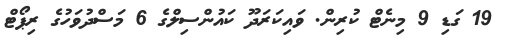
19 ގަޑި 9 މިނެޓް ކުރިން. ވައިކަރަދޫ ކައުންސިލްގެ 6 މަސްދުވަހުގެ ރިޕޯޓް